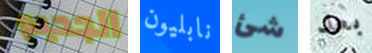
الجحيم نابليون شئ بعد